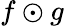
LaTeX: f\odot g